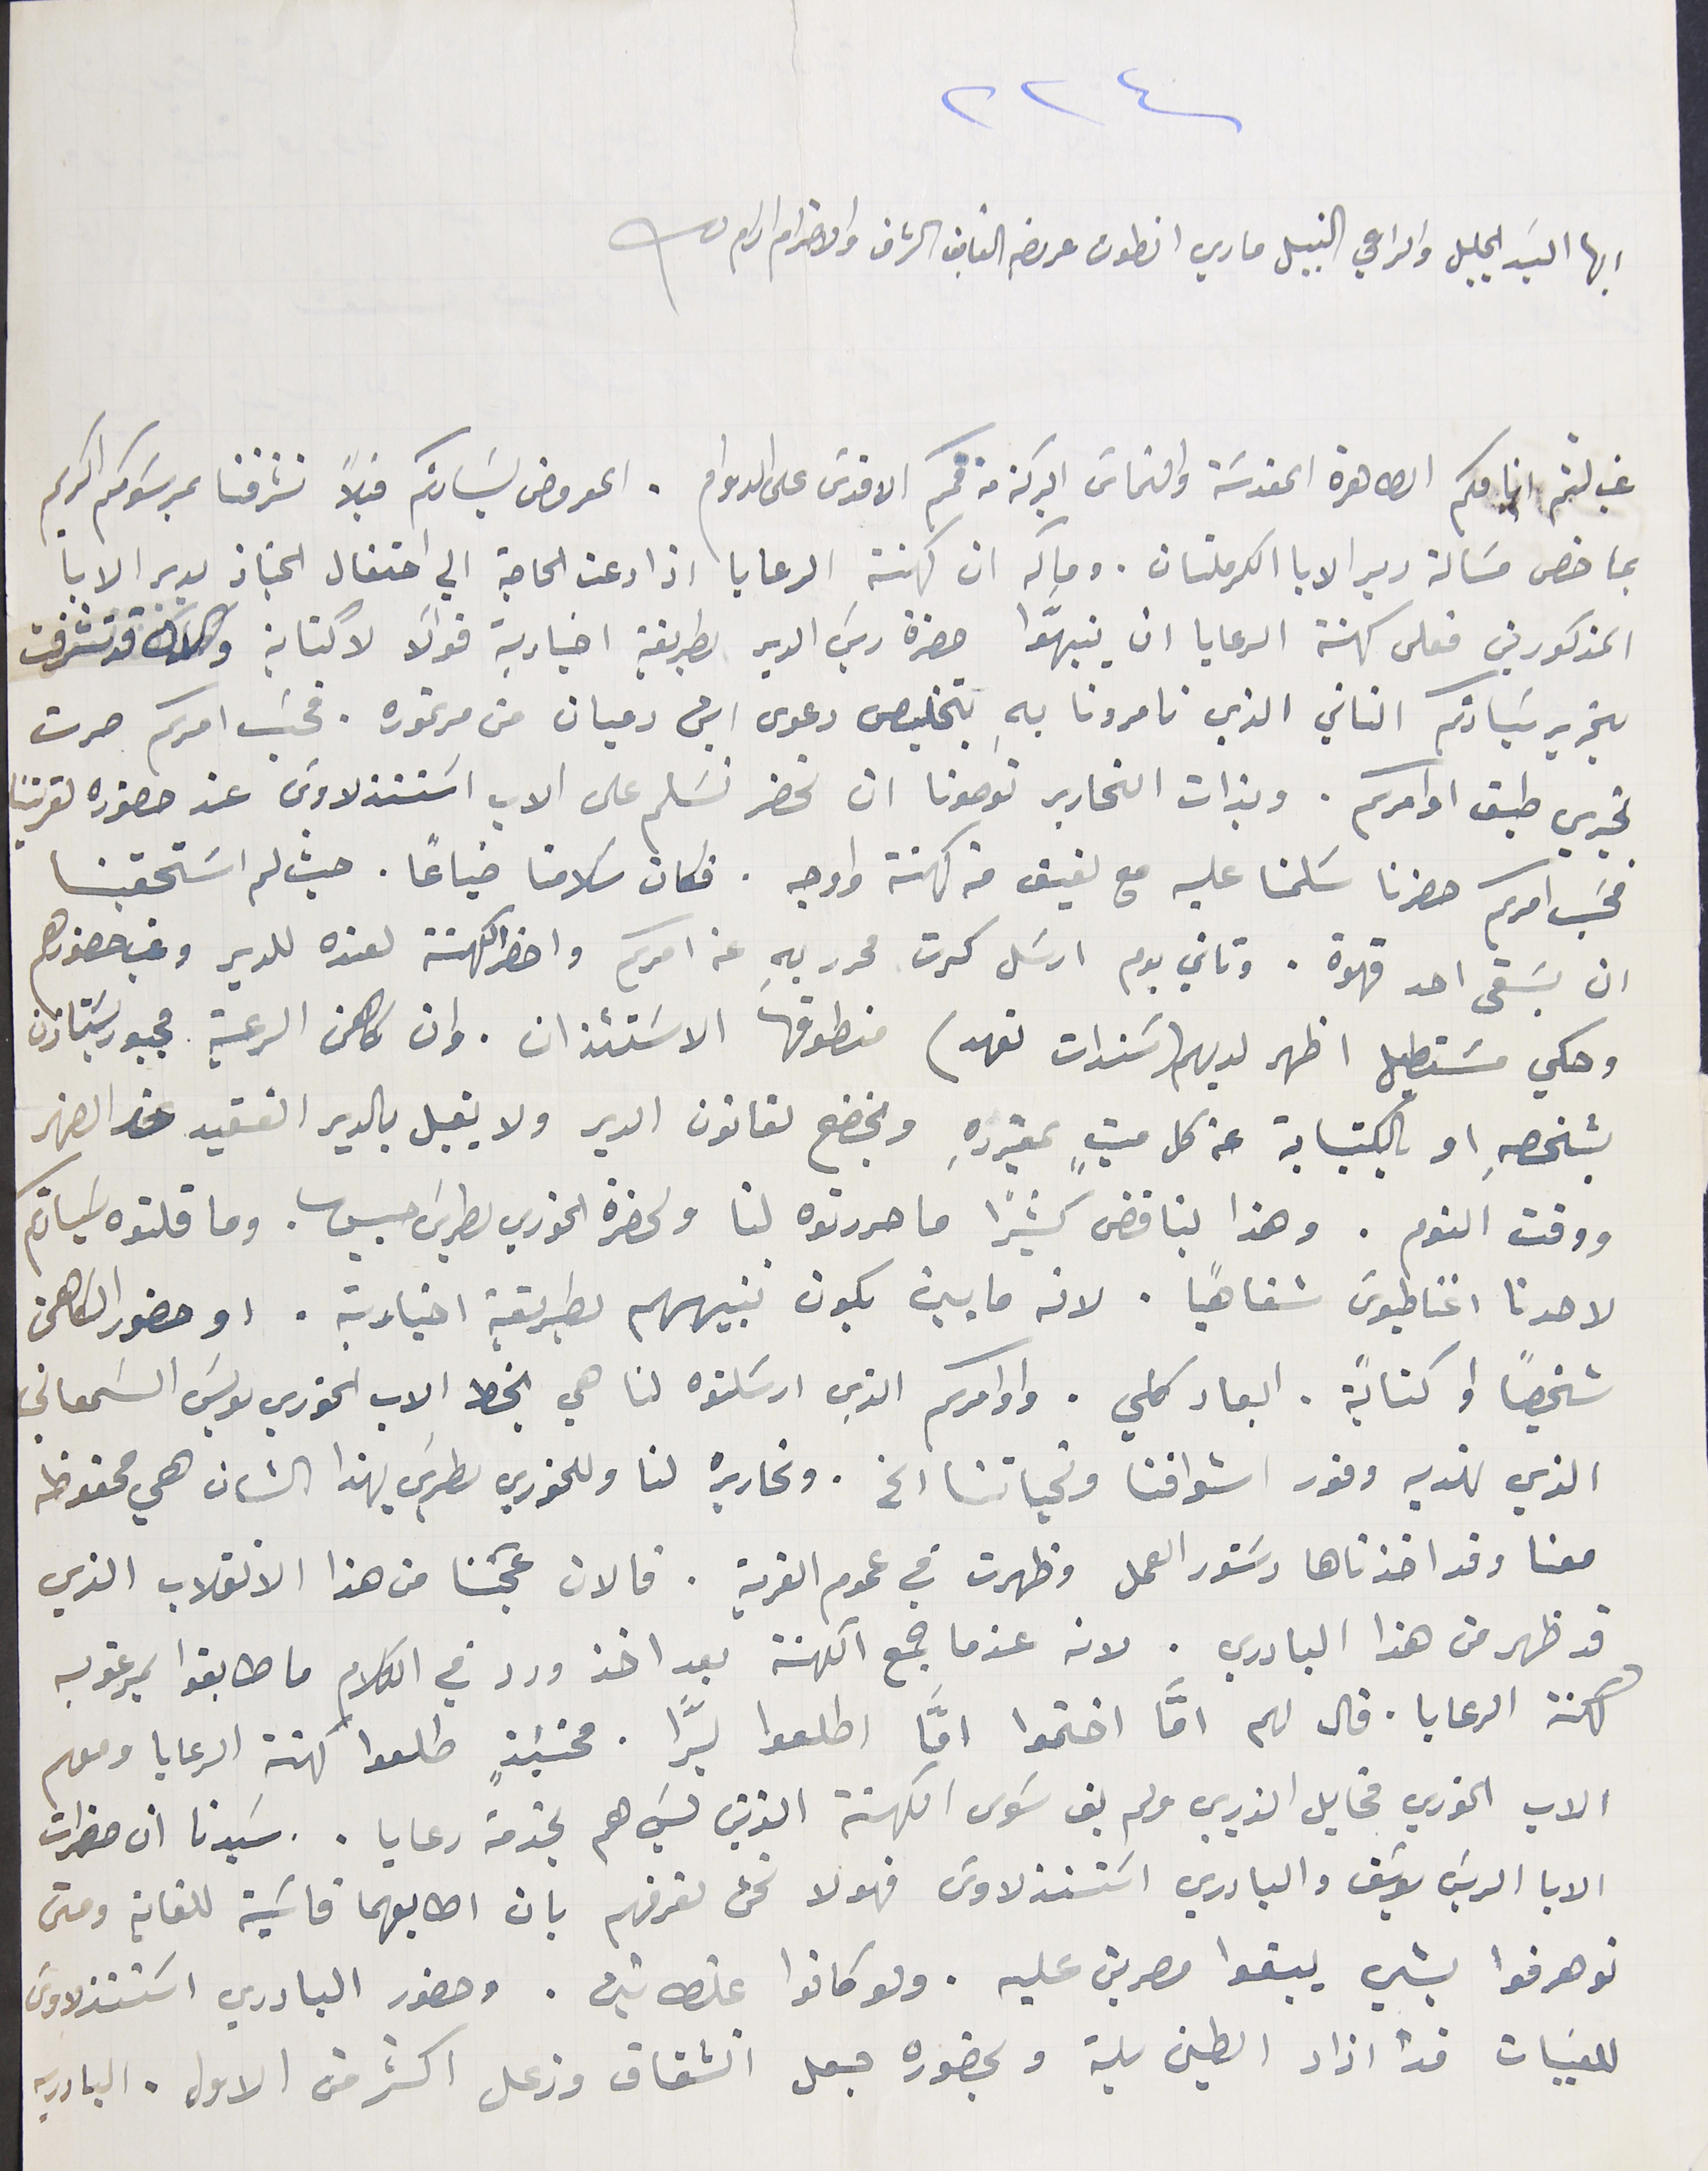
ايها السَيد الجليل والراعي النبيل ماري انطون عرىضه الفايق الشرف والاحترام ادام لله
غب لثم انامكم الطاهرة المقدسَة والتماسَ البركة من فمكم الاقدسَ على الدوام. المعروض لسَيادتكم قبلاً تشرفنا بمرسَومكم الكريم
بما خص مسَالة دير الابا الكرملتان. ومآله ان كهنة الرعايا اذا دعت الحاجة الي احتفال الجناز بدير الابا
المذكورين فعلى كهنة الرعايا ان ينبهّوا حضرة ريسَ الدير بطريقة اخباريه قولاً  لاكتابة والان قد تشرفت
بتحرير سَيادتكم الثاني الذي تامرونا بهِ بتخليص دعوى ابن دميان من مرتموره. فحسَب امركم صرت
تجري طبق اوامركم. وبذات التحارير توصونا ان نحضر نسَلم على الاب اسَتنذلاوسَ عند حضوره لقريتنا
فحسَب امركم حضرنا سَلمنا عليه مع لفيف من كهنة واوجه. فكان سلامنا ضياعًا. حيث لم اسَتحقينا
ان يسَقى احد قهوة. وتاني يوم ارسَل كرت محرر بهِ عن امركم واحضر الكهنة لعنده للدير وغب حضورهم
وحكي مسَتطيل اظهر لديهم (سَندات تعهد) منطوقها الاسَتئذان. وان كاهن الرعية مجبور يسَتاذن
بشخصه او بالكتابة عن كل ميتٍ بمفردهِ وبخضع لقانون الدير ولا يقبل بالدير الفقيد عند الضهر
ووقت النوم. وهذا بناقض كثيرا ما حررتوه لنا ولحضرة الخوري بطريسَ حبيس. وما قلتوه سَيادتكم
لاحدنا اغناطيوسَ شفاهيًا. لانه ما بين يكون تنبيههم بطريقة اخبارية. او حضور الكاهن
شخصياً او كتابًة. ابعاد كلي. واوامركم الذي ارسَلتوه لنا هي بخط الاب الخوري لويسَ السَمعاني
الذي نهديه وفور اشواقنا وتحياتنا الخ. وتحاريره لنا وللخوري بطرسَ بهذا الشان هي محفوظه
معنا وقد اخذناها دسَتور العمل وظهرت في عموم القرية. فالان عجَبنا من هذا الانقلاب الذي
قد ظهر من هذا البادري. لانه عندما جمع الكهنة بعد اخذ ورد في الكلام ما طابقوا بمرغوبه
كهنة الرعايا. قال لهم امًّا اختموا امَّا اطلعوا برَّا. فحنَيئذٍ طلعوا كهنة الرعايا ومعهم
الاب الخوري مخايل الذريبى ولم بق سَوى الكهنة الذين ليسَ هم بخدمة رعايا.. سيدنا ان حضرات
الابا الريسَ يوسَف والبادري اسَتنذلاوس فهولا نحن نعرفهم بان اطابعهما قاسَية للغاية ومتى
نوهرفوا بشي يبقوا مصرين عليه. ولو كانوا غلطانين. وحضور البادري اسَتنذلاوس
للقبيات قد ازاد الطين بلة وبحضوره جعل انشقاق وزعل اكثر من الاول. البادريه
٢٢٤